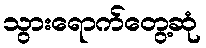
သွားရောက်တွေ့ဆုံ